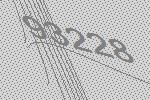
93228